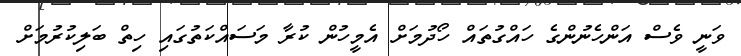
ވަނީ ވެސް އަންހެނުންގެ ހައްގުތައް ހޯދުމަށް އެމީހުން ކުރާ މަސައްކަތުގައި ހިތް ބަލިކުރުމަށް